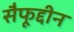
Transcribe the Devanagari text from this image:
सैफूद्दीन